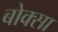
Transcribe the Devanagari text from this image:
बोक्सा